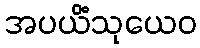
အပယိံသုယေဝ